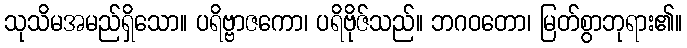
သုသိမအမည်ရှိသော။ ပရိဗ္ဗာဇကော၊ ပရိဗိုဇ်သည်။ ဘဂဝတော၊ မြတ်စွာဘုရား၏။